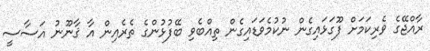
ރާއްޖޭގެ ވެރިކަމަށް ފޫގަޅައިގެން ނުކުމެވަޑައިގެން ތިއްބެވި ބޭފުޅުންގެ ތެރެއިން އާ ޤާނޫނު އަސާސީ